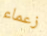
زعماء